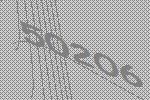
50206